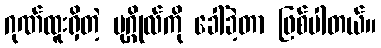
ဂုဏ်ထူးရှိတဲ့ ပုဂ္ဂိုလ်ကို ခေါ်ခဲ့တာ ဖြစ်ပါတယ်။